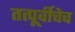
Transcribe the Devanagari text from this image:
तत्पूर्वीचेच